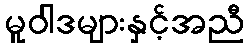
မူဝါဒများနှင့်အညီ